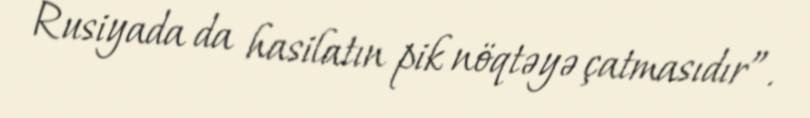
Rusiyada da hasilatın pik nöqtəyə çatmasıdır”.